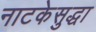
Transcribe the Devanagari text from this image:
नाटकेसुद्धा